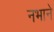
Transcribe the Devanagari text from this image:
नभाने